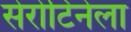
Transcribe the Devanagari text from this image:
सेरोटिनेला